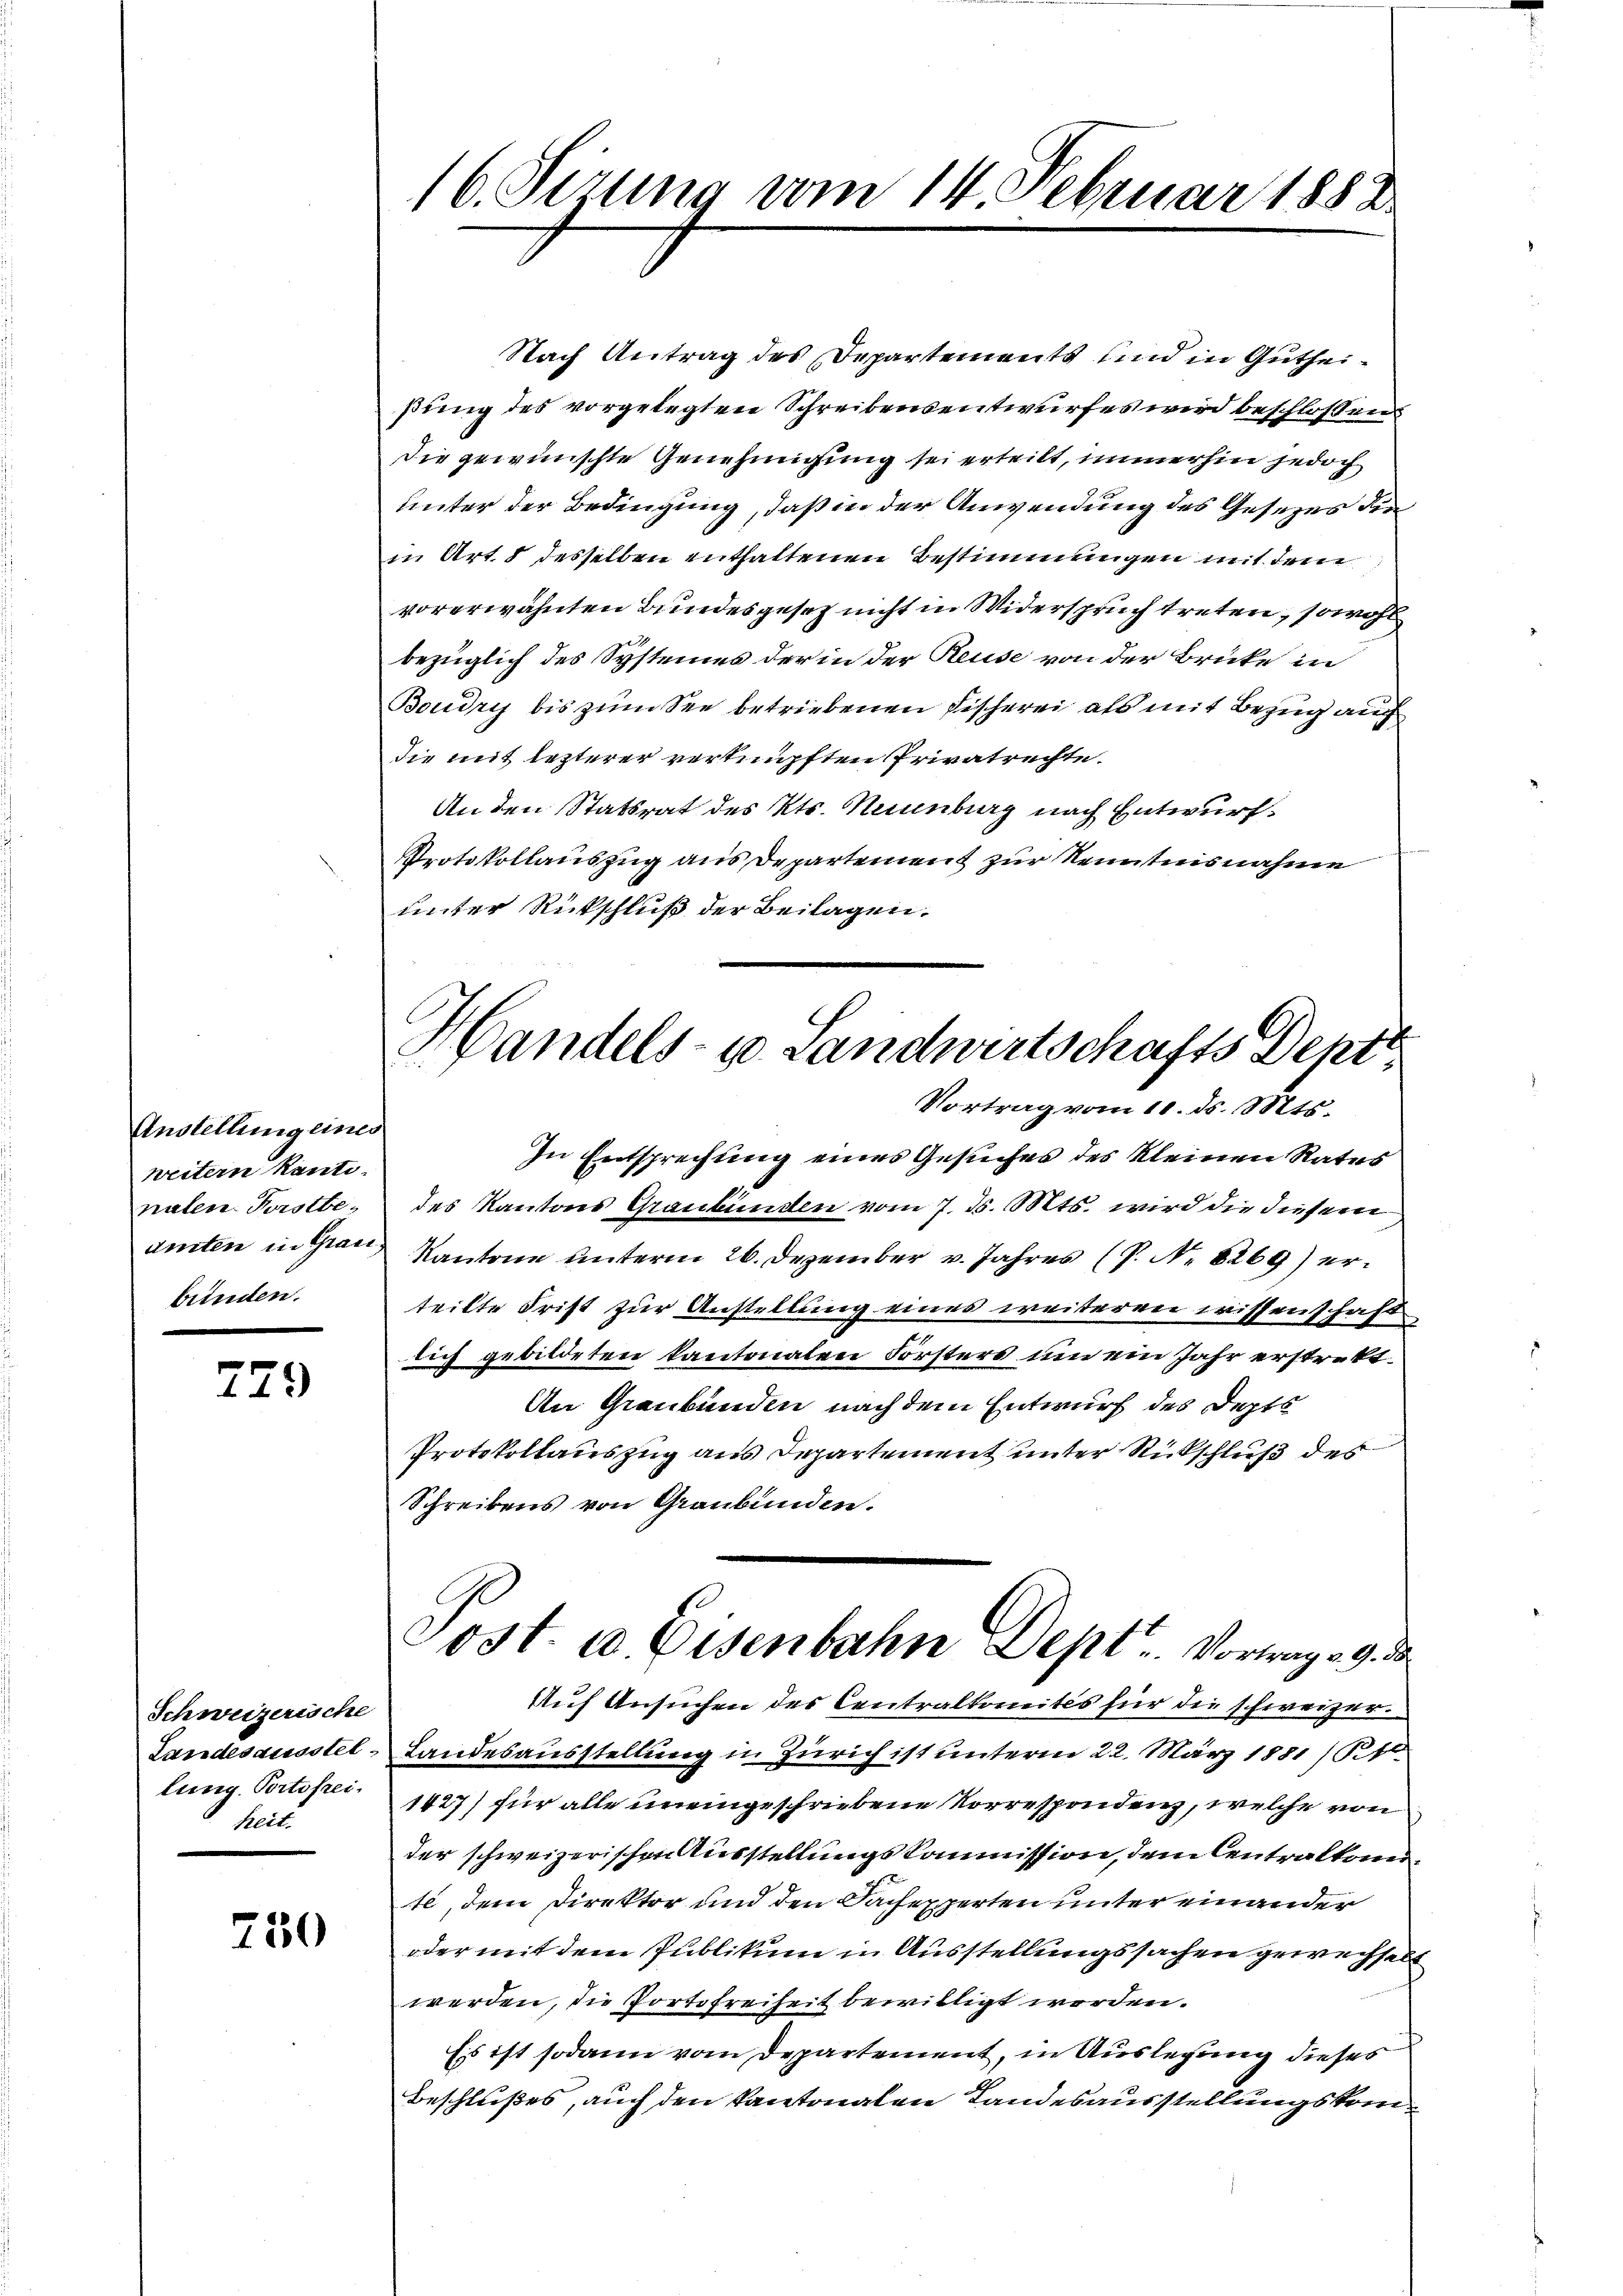
Anstellung eines
weitern kanti-
biinden.

779

Schweizerische
heit.

250

Nach Antrag des Departements und in Gutheiβŭng des vorgelegten Schreibensentwŭrfes wird beschlossens
die gewünschte Genehmigung sei erteilt, immerhin jedoch
unter der Bedingung, daß in der Anwendung des Gesezes die
in Art. 8 desselben enthaltenen Bestimmungen mit dem
vorerwähnten Bundesgesetz nicht in Widerspruch treten, sowohl
bezüglich des Systemes der in der Reuse von der Brücke in
Boudry bis zum See betriebenen Fischerei als mit Bezug auch
die mit lezterer verknüpften Privatrechte.
An den Statsrat des Kts. Neunburg nach Entwurf.
Protokollauszug aus Departement zur Kenntnisnahme
unter Rückschluß der Beilagen.
In Entsprechung eines Gesuches des kleinen Rates
nalen Forstbe, des Kantons Graubünden vom 7. d. Mts. wird die diesem
amten in Grau Kantone unterm 26. Dezember v. Jahres (P. Nr. 8269) erteilte Frist zur Anstellung eines weiteren wissenschaft
lich gebildeten kantonalen Försters um ein Jahr erstrekt
An Graubünden nach dem Entwurf des Depts
Protokollauszug aus Departement unter Rückschluß des
Schreibens von Graubünden.
Post. u. Eisenbahn Dept. Vorweg 29. d
Auf Ansuchen des Centralkomités für die schweizer.
Landesausstel-Landesausstellung in Zürich ist unterm 22. März 1881/4.
lung Portopec. 1827) für alle uneingeschriebene Vorrespondenz, welche von
der schweizerischen Ausstellungskommission, dem Centralkonnte, dem Direktor und den Sachexperten unter einander
oder mit dem Publikum in Ausstellungssachen gewechselt
werden, die Portofreiheit bewilligt worden.
Es ist sodann vom Departement, in Auslegung dieses
Beschlußes, auch den kantonalen Landesausstellungskom¬

16. Jezung vom 14. Februar 1888

Handels- u. Landwirtschafts Dept
Vortrag vom 10. ds. Mts.